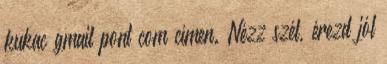
kukac gmail pont com címen. Nézz szét, érezd jól